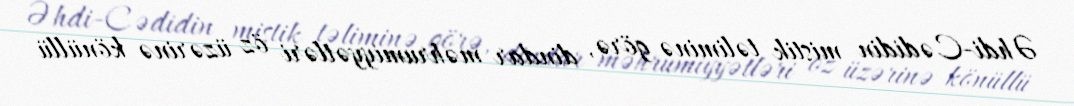
Əhdi-Cədidin mistik təliminə görə, dindar məhrumiyyətləri öz üzərinə könüllü